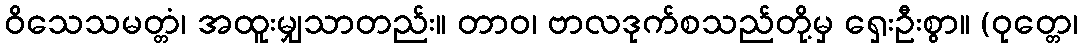
ဝိသေသမတ္တံ၊ အထူးမျှသာတည်း။ တာဝ၊ ဗာလဒုက်စသည်တို့မှ ရှေးဦးစွာ။ (ဝုတ္တေ၊